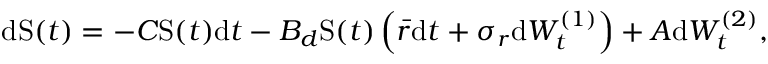
\mathrm { d } \mathrm { S } ( t ) = - C \mathrm { S } ( t ) \mathrm { d } t - B _ { d } \mathrm { S } ( t ) \left( \bar { r } \mathrm { d } t + \sigma _ { r } \mathrm { d } W _ { t } ^ { ( 1 ) } \right) + A \mathrm { d } W _ { t } ^ { ( 2 ) } ,